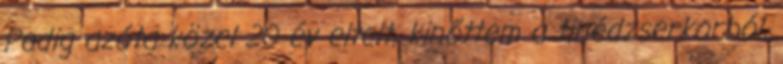
Pedig azóta közel 20 év eltelt, kinőttem a tinédzserkorból,